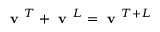
\textbf { v } ^ { T } + \textbf { v } ^ { L } = \textbf { v } ^ { T + L }